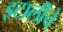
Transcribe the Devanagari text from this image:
इटालीचे